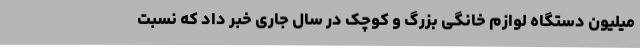
میلیون دستگاه لوازم خانگی بزرگ و کوچک در سال جاری خبر داد که نسبت